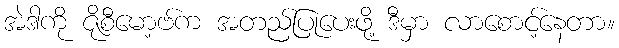
အဲဒါကို ဇိုစီမော့ဗ်က အတည်ပြုပေးဖို့ ဒီမှာ လာစောင့်နေတာ။